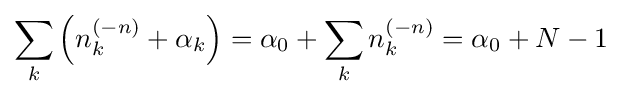
\sum _{k}\left(n_{k}^{(-n)}+\alpha _{k}\right)=\alpha _{0}+\sum _{k}n_{k}^{(-n)}=\alpha _{0}+N-1